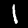
Label: 1